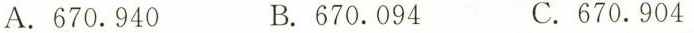
A.670.940 B.670.094 C.670.904